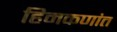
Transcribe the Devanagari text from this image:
हिमकणांत